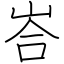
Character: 峇